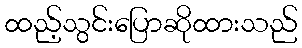
ထည့်သွင်းပြောဆိုထားသည်